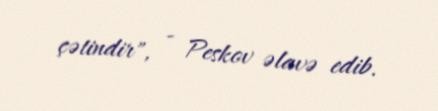
çətindir", - Peskov əlavə edib.